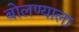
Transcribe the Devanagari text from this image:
बोलण्याला